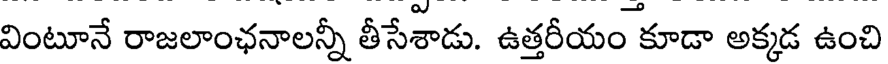
వింటూనే రాజలాంఛనాలన్నీ తీసేశాడు. ఉత్తరీయం కూడా అక్కడ ఉంచి